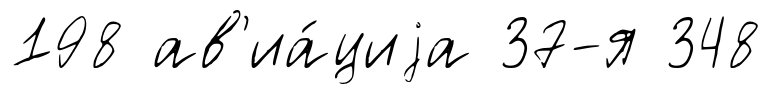
198 ав'иа́циjа 37-я 348